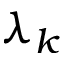
\lambda _ { k }